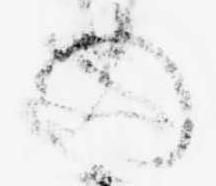
の